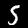
Label: 5